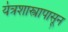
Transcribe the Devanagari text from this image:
यंत्रशास्त्रापासून